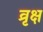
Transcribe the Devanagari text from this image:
व्रृक्ष